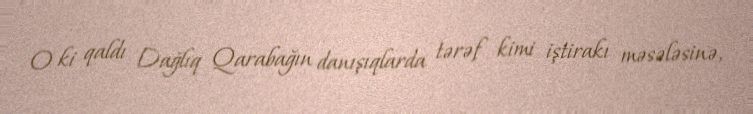
O ki qaldı Dağlıq Qarabağın danışıqlarda tərəf kimi iştirakı məsələsinə,